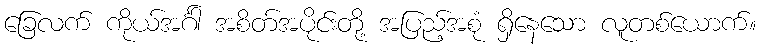
ခြေလက် ကိုယ်အင်္ဂါ အစိတ်အပိုင်းတို့ အပြည့်အစုံ ရှိနေသော လူတစ်ယောက်။